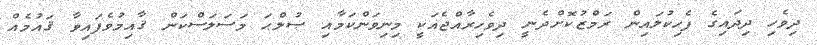
ދިވެހި ދިދައިގެ ފެހިކުލައިން ރަމްޒުކޮށްދެނީ ދިވެހިރާއްޖެއަކީ މިނިވަންކަމާއި ޞުލްޙަ މަސަލަސްކަން ޤާއިމުވެފައިވާ ޤައުމެއް